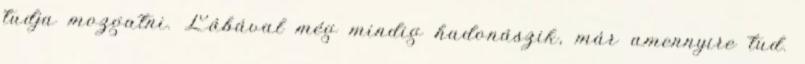
tudja mozgatni. Lábával még mindig hadonászik, már amennyire tud.